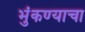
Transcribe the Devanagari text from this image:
भुंकण्याचा